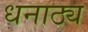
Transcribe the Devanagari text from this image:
धनाठ्य